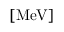
\mathrm { [ M e V ] }